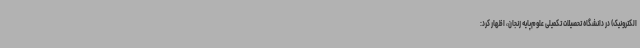
الکترونیک) در دانشگاه تحصیلات تکمیلی علوم‌پایه زنجان، اظهار کرد: